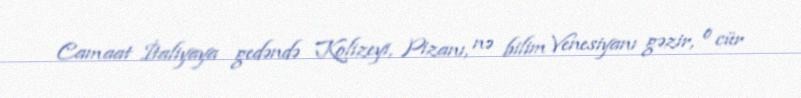
Camaat İtaliyaya gedəndə Kolizeyi, Pizanı, nə bilim Venesiyanı gəzir, o cür